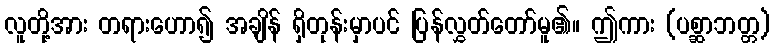
လူတို့အား တရားဟော၍ အချိန် ရှိတုန်းမှာပင် ပြန်လွှတ်တော်မူ၏။ ဤကား (ပစ္ဆာဘတ္တ)